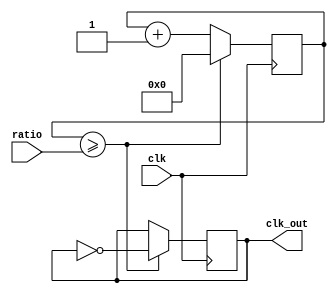
module floating_point_clock_divider(
    input wire clk,
    input wire [31:0] ratio,
    output reg clk_out
);

reg [31:0] count;

always @(posedge clk) begin
    if (count >= ratio) begin
        count <= 0;
        clk_out <= ~clk_out;
    end else begin
        count <= count + 1;
    end
end

endmodule